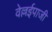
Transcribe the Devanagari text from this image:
वेल्लईपाजी